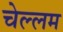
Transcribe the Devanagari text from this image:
चेल्लम